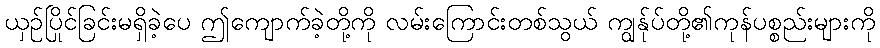
ယှဉ်ပြိုင်ခြင်းမရှိခဲ့ပေ ဤကျောက်ခဲ့တို့ကို လမ်းကြောင်းတစ်သွယ် ကျွန်ုပ်တို့၏ကုန်ပစ္စည်းများကို